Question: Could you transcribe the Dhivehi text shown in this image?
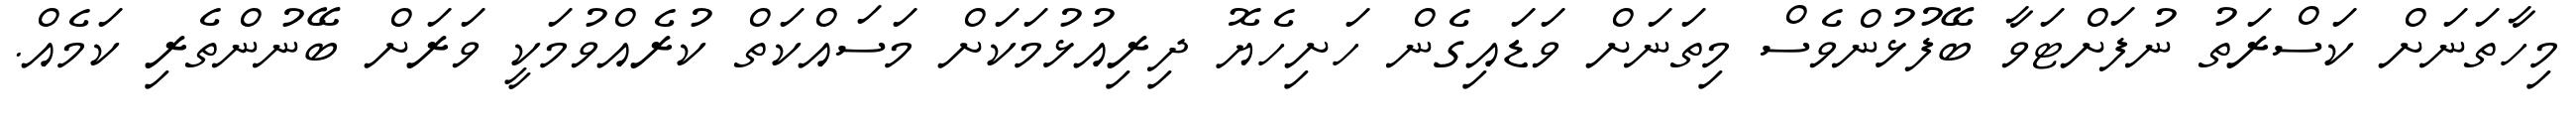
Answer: މިހާތަނަށް ކަސްރަތު ނުފަށްޓަވާ ބޭފުޅުންވެސް މިތަނަށް ވަޑައިގެން ހަށިހެޔޮ ދިރިއުޅުމަކަށް މަސައްކަތް ކުރެއްވުމަކީ ވަރަށް ބޭނުންތެރި ކަމެއް.